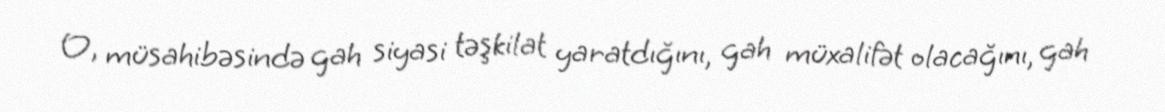
O, müsahibəsində gah siyasi təşkilat yaratdığını, gah müxalifət olacağını, gah